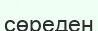
сөреден